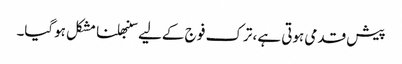
پیش قدمی ہوتی ہے، ترک فو ج کےلیے سنبھلنا مشکل ہوگیا۔